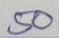
50